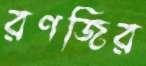
রণজির